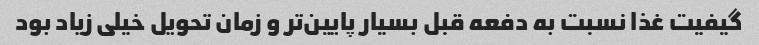
گیفیت غذا نسبت به دفعه قبل بسیار پایین‌تر و زمان تحویل خیلی زیاد بود